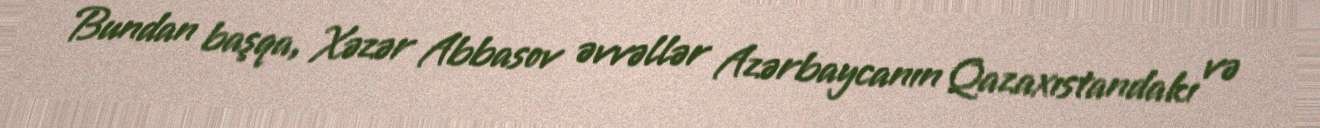
Bundan başqa, Xəzər Abbasov əvvəllər Azərbaycanın Qazaxıstandakı və